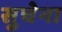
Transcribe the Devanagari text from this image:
सुचेना